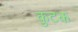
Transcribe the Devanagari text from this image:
कुटक